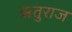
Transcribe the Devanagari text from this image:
ॠतुराज